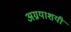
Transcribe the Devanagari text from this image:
अग्नयाशयी